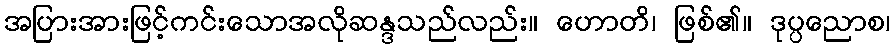
အပြားအားဖြင့်ကင်းသောအလိုဆန္ဒသည်လည်း။ ဟောတိ၊ ဖြစ်၏။ ဒုပ္ပညောစ၊